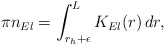
\begin{align*}\pi n_{El} =\int _{r_{h}+\epsilon }^{L}K_{El}(r) \, dr ,\end{align*}